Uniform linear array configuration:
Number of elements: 8
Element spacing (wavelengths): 1
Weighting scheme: exponential
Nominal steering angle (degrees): -15
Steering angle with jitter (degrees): -14.635
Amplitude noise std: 0.05
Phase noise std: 0.05

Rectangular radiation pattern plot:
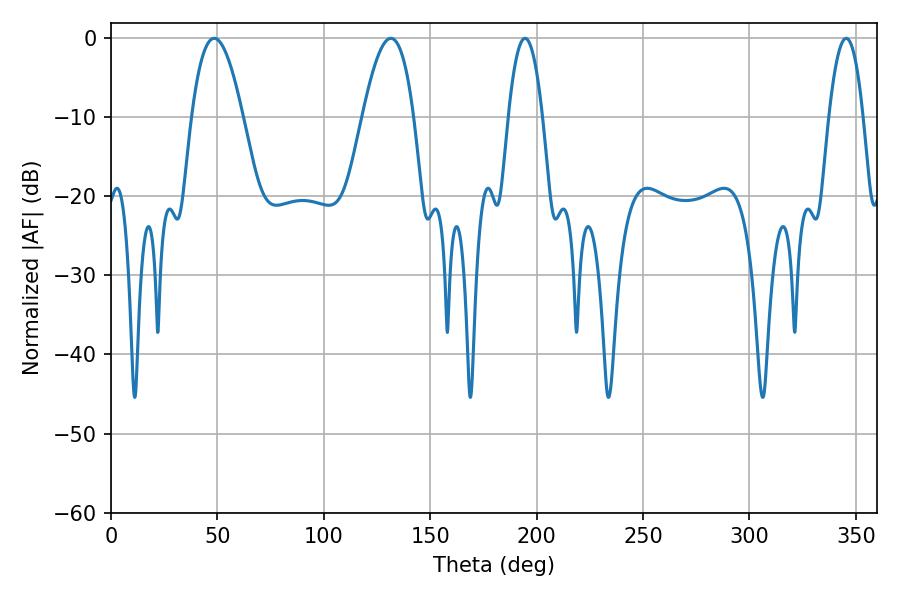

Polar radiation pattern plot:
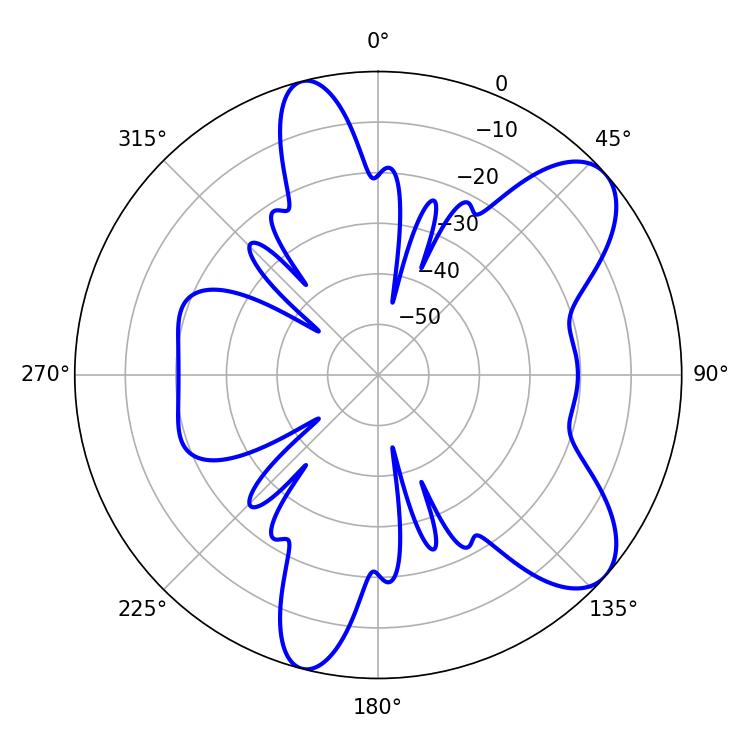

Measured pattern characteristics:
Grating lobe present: TRUE
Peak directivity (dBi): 8.416
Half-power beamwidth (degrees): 9
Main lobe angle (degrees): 194.58